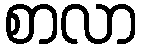
စာလာ